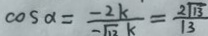
\cos \alpha = \frac { - 2 k } { - \sqrt { 1 3 } k } = \frac { 2 \sqrt { 1 3 } } { 1 3 }